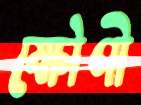
ক্ষৌণী